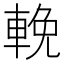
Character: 輓